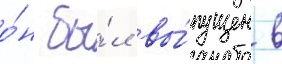
о́н бы́л вы́пущен в